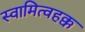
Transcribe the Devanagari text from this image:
स्वामित्वहक्क